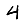
Digit: 4